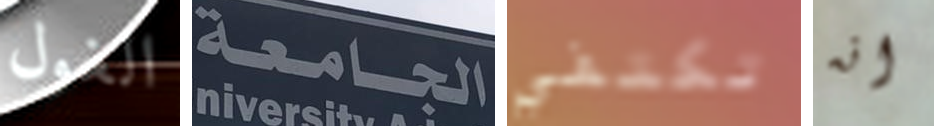
الغول الجامعة تكتفي انه